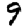
Digit: 9